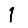
Digit: 1